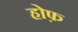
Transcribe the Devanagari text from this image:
होफ़